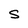
Character: S